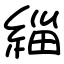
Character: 緇